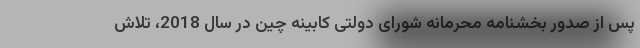
پس از صدور بخشنامه محرمانه شورای دولتی کابینه چین در سال 2018، تلاش